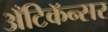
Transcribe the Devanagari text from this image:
अँटिकॅन्सर